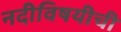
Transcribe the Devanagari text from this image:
नदीविषयीची